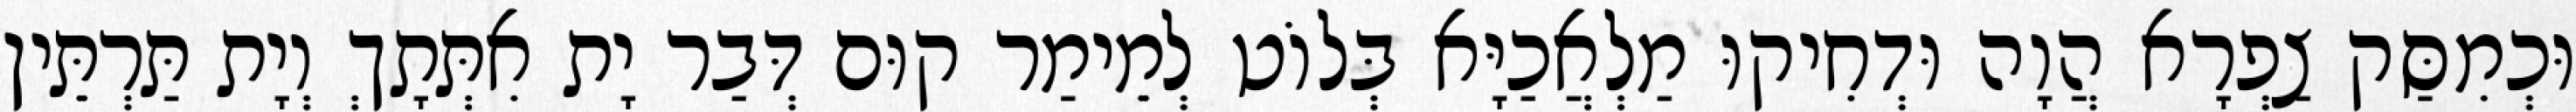
וּכְמִסַּק צַפְרָא הֲוָה וּדְחִיקוּ מַלְאֲכַיָּא בְּלוֹט לְמֵימַר קוּם דְּבַר יָת אִתְּתָךְ וְיָת תַּרְתֵּין